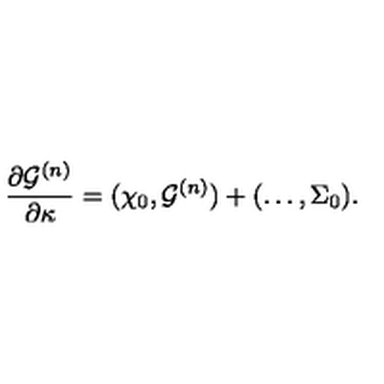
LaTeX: { \frac { \partial { \cal G } ^ { ( n ) } } { \partial \kappa } } = ( \chi _ { 0 } , { \cal G } ^ { ( n ) } ) + ( \ldots , \Sigma _ { 0 } ) .